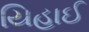
યિહાઈ